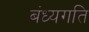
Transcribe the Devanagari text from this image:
बंध्यगति